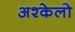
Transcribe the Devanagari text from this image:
अश्केलो